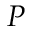
P